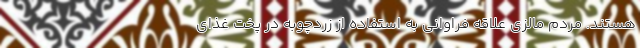
هستند. مردم مالزی علاقه فراوانی به استفاده از زردچوبه در پخت غذای